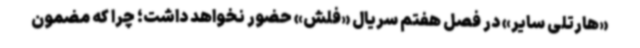
«هارتلی سایر» در فصل هفتم سریال «فلش» حضور نخواهد داشت؛ چرا که مضمون